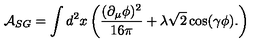
\mathcal { A } _ { S G } = \int d ^ { 2 } x \left( \frac { ( \partial _ { \mu } \phi ) ^ { 2 } } { 1 6 \pi } + \lambda \sqrt { 2 } \cos ( \gamma \phi ) . \right)